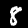
Label: 8